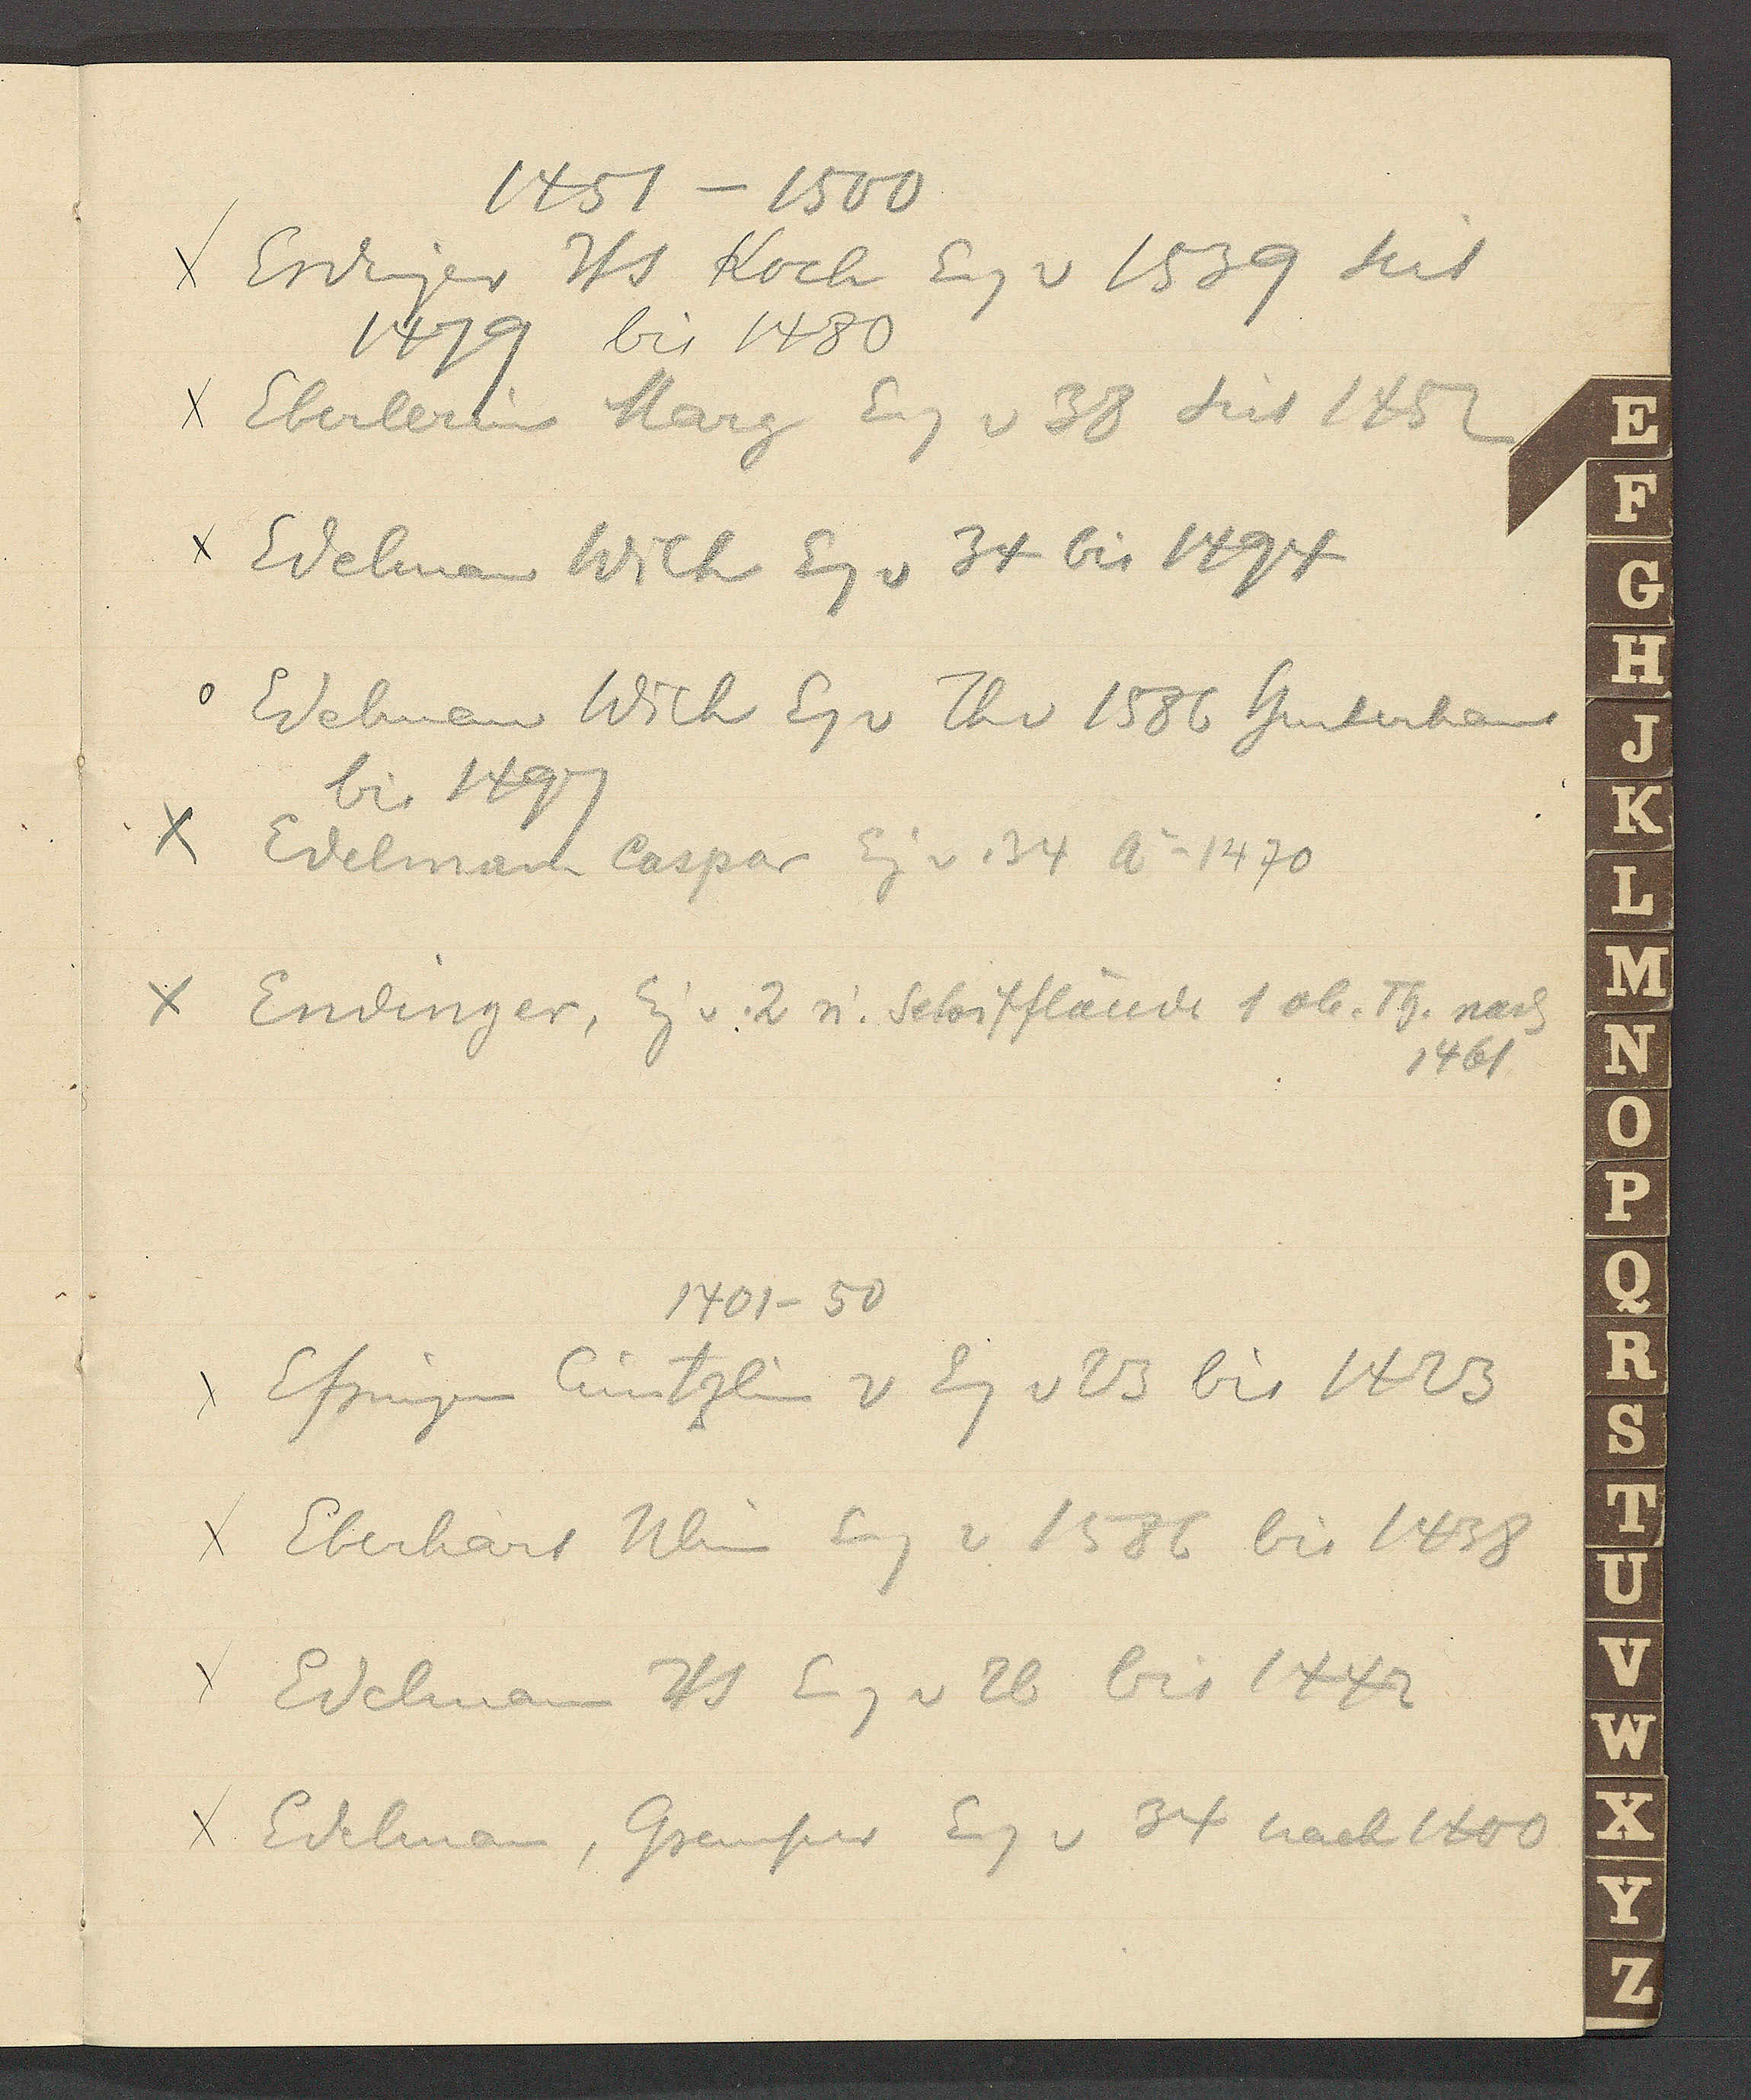
Transcript:
1451 – 1500
Erdinger Hs Koch Eig v 1539 seit
1479 bis 1480
Eberlerin Marg Eig v 38 seit 1452
Edelman Wilh Eg v 34 bis 1494
Edelman Wilh Eg v Th v 1586 Hinterhaus
bis 1497
Edelman Caspar Eig v. 34 Ao 1470
Endinger, Eig v. 2 u. Schifflände 1 ob. Th. nach
1461
1401 – 50
Efringen Cüntzlin v Eig v 23 bis 1423
Eberhard Ulin Eig v 1586 bis 1438
Edelmann Hs Eig v 26 bis 1442
Edelman, Gremper Eg v 34 nach 1400